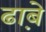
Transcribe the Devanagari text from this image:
ढा़बे